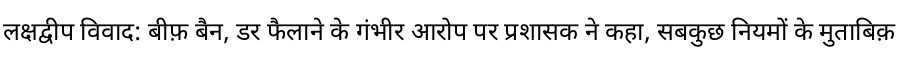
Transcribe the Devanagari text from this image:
लक्षद्वीप विवाद: बीफ़ बैन, डर फैलाने के गंभीर आरोप पर प्रशासक ने कहा, सबकुछ नियमों के मुताबिक़